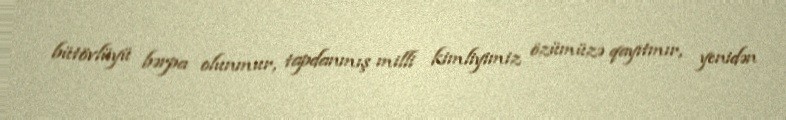
bütövlüyü bərpa olunmur, tapdanmış milli kimliyimiz özümüzə qayıtmır, yenidən